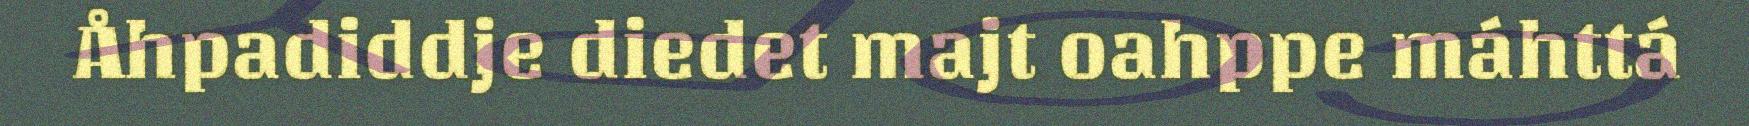
Åhpadiddje diedet majt oahppe máhttá